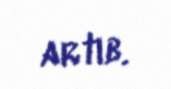
artıb.